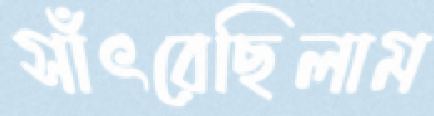
সাঁৎরেছিলাম